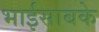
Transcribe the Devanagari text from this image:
भाईसाबके